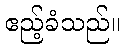
ဧည့်ခံသည်။